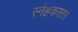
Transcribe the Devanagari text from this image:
स्नेहकस्तर